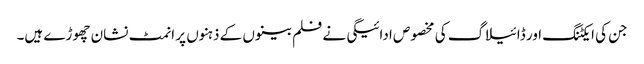
جن کی ایکٹنگ اور ڈائیلاگ کی مخصوص ادائیگی نے فلم بینوں کے ذہنوں پر انمٹ نشان چھوڑے ہیں۔